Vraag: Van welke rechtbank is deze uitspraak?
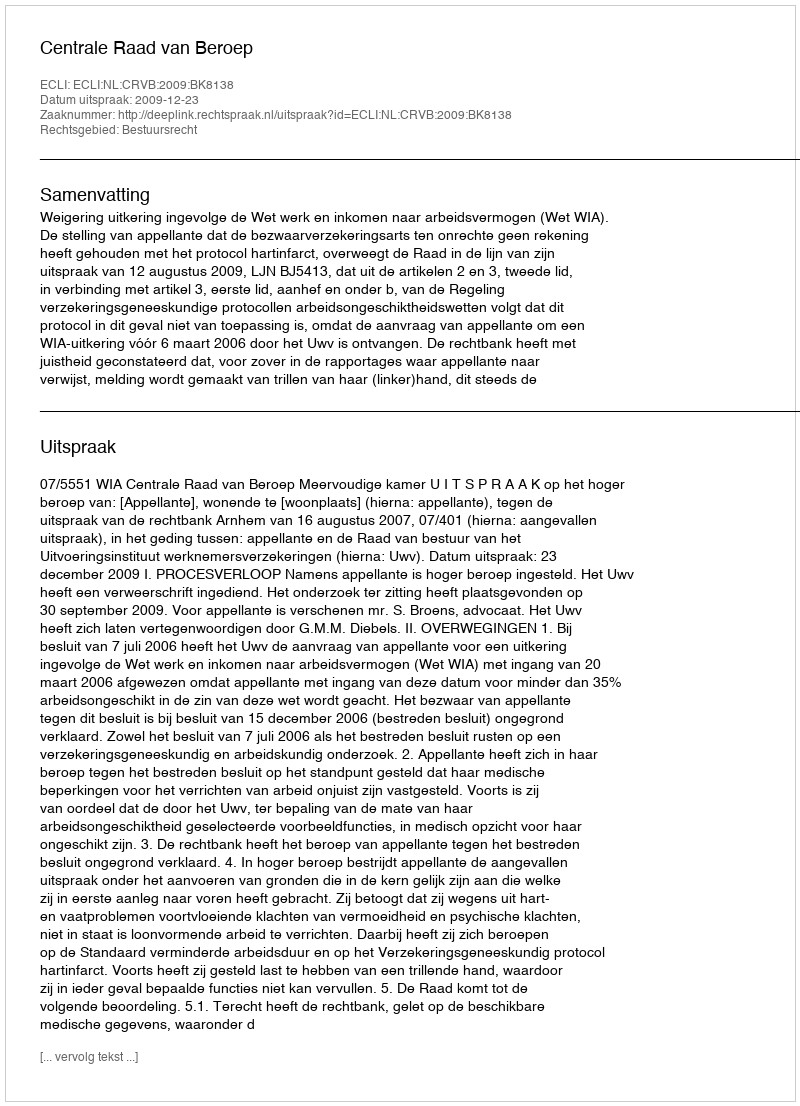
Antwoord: Centrale Raad van Beroep